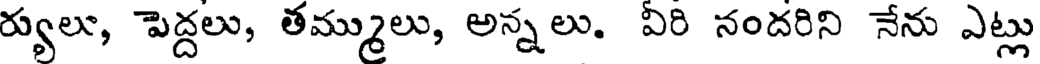
ర్యులు, పెద్దలు, తమ్ములు, అన్నలు. ఏరి నందరిని నేను ఎట్లు